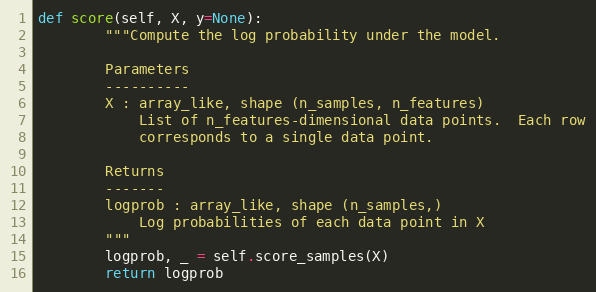
Language: Python
def score(self, X, y=None):
        """Compute the log probability under the model.

        Parameters
        ----------
        X : array_like, shape (n_samples, n_features)
            List of n_features-dimensional data points.  Each row
            corresponds to a single data point.

        Returns
        -------
        logprob : array_like, shape (n_samples,)
            Log probabilities of each data point in X
        """
        logprob, _ = self.score_samples(X)
        return logprob